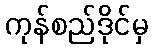
ကုန်စည်ဒိုင်မှ